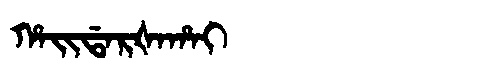
Manchu: ᡥᠠᡳᡩᠠᡵᡧᠠᡥᠠᡳ
Romanization: HAIDARŠAHAI